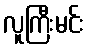
လူကြီးမင်း